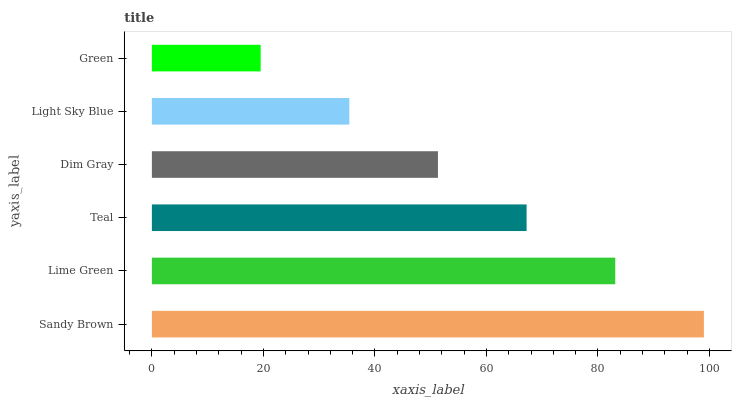
| yaxis_label | bars |
 | --- | --- |
 | Sandy Brown | 99 |
 | Lime Green | 83.1 |
 | Teal | 67.2 |
 | Dim Gray | 51.3 |
 | Light Sky Blue | 35.4 |
 | Green | 19.5 |